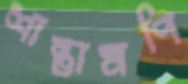
শান্তামণি